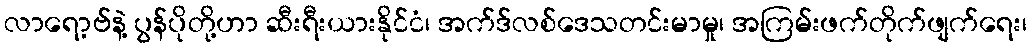
လာရော့ဗ်နဲ့ ပွန်ပိုတို့ဟာ ဆီးရီးယားနိုင်ငံ၊ အက်ဒ်လစ်ဒေသတင်းမာမှု၊ အကြမ်းဖက်တိုက်ဖျက်ရေး၊